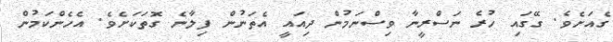
ގެއަށެވެ. ގޭގައި ހުރެ ނަސްރީނާ ވިސްނަމުން ދިއައީ އެތަނުން ފިލާނެ ގޮތަކަށެވެ. އެހެންކަމުން